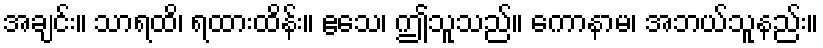
အချင်း။ သာရထိ၊ ရထားထိန်း။ ဧသေ၊ ဤသူသည်။ ကောနာမ၊ အဘယ်သူနည်း။